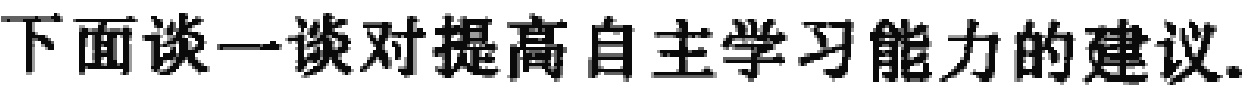
下面谈一谈对提高自主学习能力的建议.